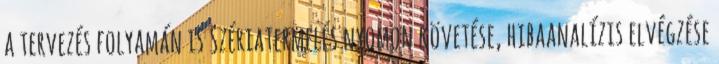
a tervezés folyamán is Szériatermelés nyomon követése, hibaanalízis elvégzése